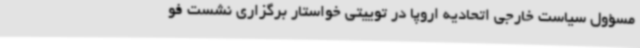
مسؤول سیاست خارجی اتحادیه اروپا در توییتی خواستار برگزاری نشست فو